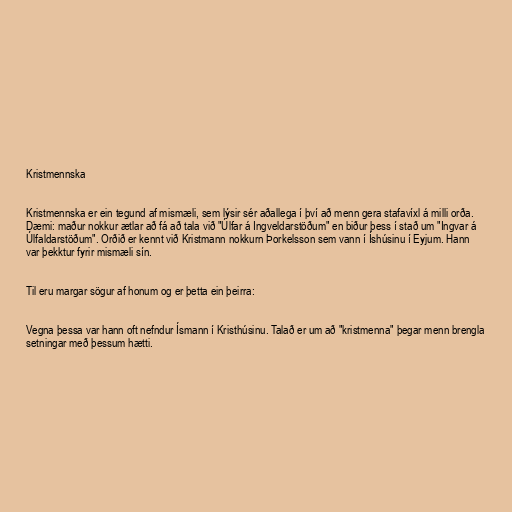
Kristmennska

Kristmennska er ein tegund af mismæli, sem lýsir sér aðallega í því að menn gera stafavíxl á milli orða.
Dæmi: maður nokkur ætlar að fá að tala við "Úlfar á Ingveldarstöðum" en biður þess í stað um "Ingvar á
Úlfaldarstöðum". Orðið er kennt við Kristmann nokkurn Þorkelsson sem vann í Íshúsinu í Eyjum. Hann
var þekktur fyrir mismæli sín.

Til eru margar sögur af honum og er þetta ein þeirra:

Vegna þessa var hann oft nefndur Ísmann í Kristhúsinu. Talað er um að "kristmenna" þegar menn brengla
setningar með þessum hætti.